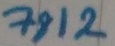
Text: 7812